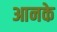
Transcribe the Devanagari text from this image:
आनके